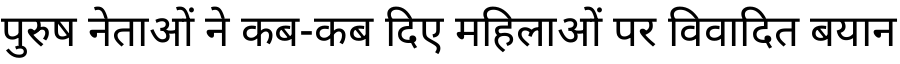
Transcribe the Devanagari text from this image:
पुरुष नेताओं ने कब-कब दिए महिलाओं पर विवादित बयान